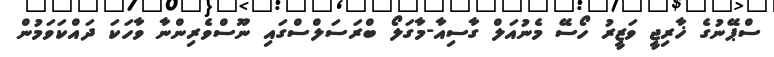
ސްޕޭނުގެ ޚާރިޖީ ވަޒީރު ހޯސޭ މެނުއަލް ގާސިއާ-މާގަލޯ ބްރަސަލްސްގައި ނޫސްވެރިންނާ ވާހަކަ ދައްކަވަމުން